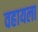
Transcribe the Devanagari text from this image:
वहायला